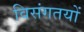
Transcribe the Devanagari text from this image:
विसंगतयों